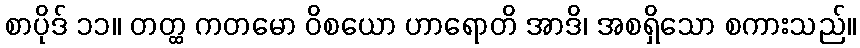
စာပိုဒ် ၁၁။ တတ္ထ ကတမော ဝိစယော ဟာရောတိ အာဒိ၊ အစရှိသော စကားသည်။